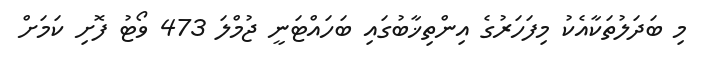
މި ބަދަލުތަކާއެކު މިފަހަރުގެ އިންތިޚާބުގައި ބަހައްޓަނީ ޖުމްލަ 473 ވޯޓު ފޮށި ކަމަށް